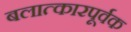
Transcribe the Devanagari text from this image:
बलात्कारपूर्वक